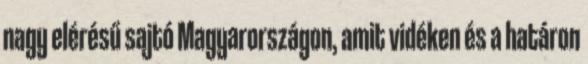
nagy elérésű sajtó Magyarországon, amit vidéken és a határon